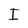
Character: I